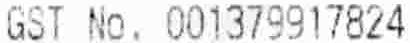
GST NO. 001379917824